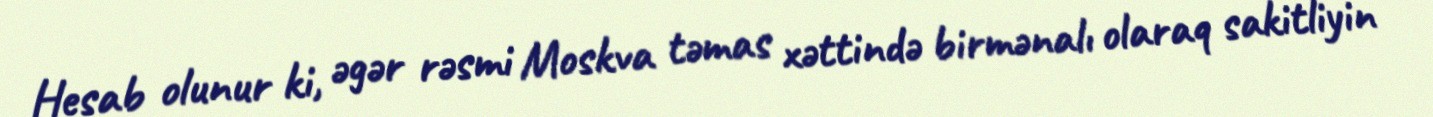
Hesab olunur ki, əgər rəsmi Moskva təmas xəttində birmənalı olaraq sakitliyin